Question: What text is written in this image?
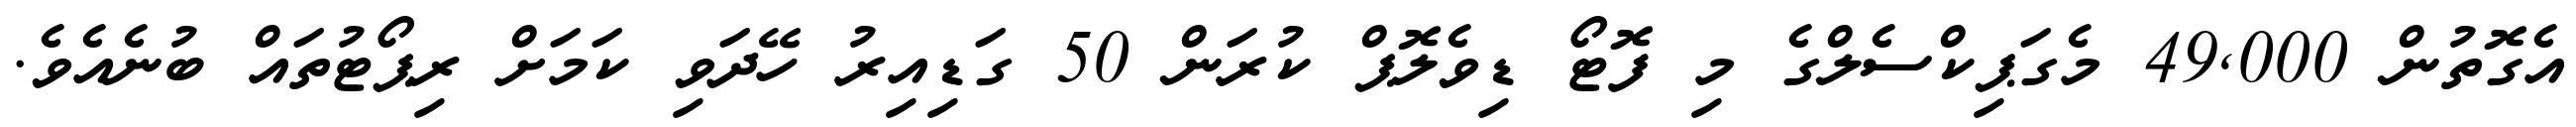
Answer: އެގޮތުން 49,000 މެގަޕިކްސެލްގެ މި ފޮޓޯ ޑިވެލޮޕް ކުރަން 50 ގަޑިއިރު ހޭދަވި ކަމަށް ރިޕޯޓުތައް ބުނެއެވެ.